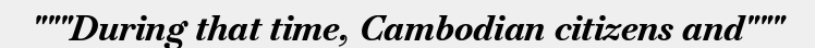
"""During that time, Cambodian citizens and"""